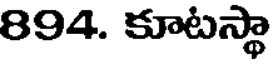
894. కూటస్థా